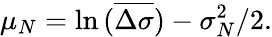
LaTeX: \mu_{N}=\ln{(\overline{{\Delta\sigma}})}-\sigma_{N}^{2}/2.